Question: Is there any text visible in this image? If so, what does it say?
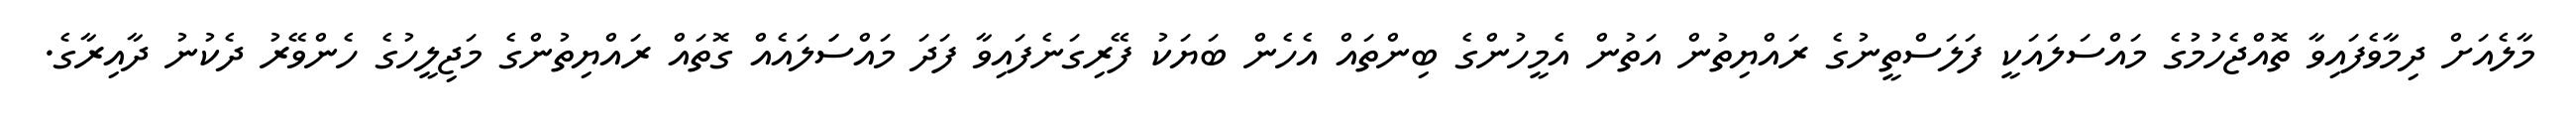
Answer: މާލެއަށް ދިމާވެފައިވާ ތޮއްޖެހުމުގެ މައްސަލައަކީ ފަލަސްތީނުގެ ރައްޔިތުން އަތުން އެމީހުންގެ ބިންތައް އެހެން ބަޔަކު ފޭރިގަނެފައިވާ ފަދަ މައްސަަލައެއް ގޮތައް ރައްޔިތުންގެ މަޖިލީހުގެ ހެންވޭރު ދެކުނު ދާއިރާގެ.